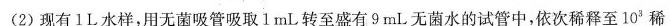
(2)现有lL水样，用无菌吸管吸取1mL转至盛有9mL无菌水的试管中，依次稀释至10^{3}